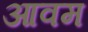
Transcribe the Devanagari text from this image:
आवम